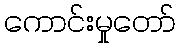
ကောင်းမှုတော်